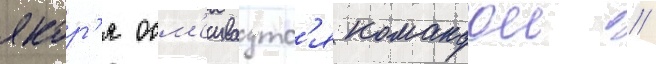
якор'я осм'еиваутс'я командои //